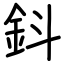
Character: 鈄